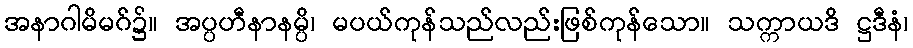
အနာဂါမိမဂ်၌။ အပ္ပဟီနာနမ္ပိ၊ မပယ်ကုန်သည်လည်းဖြစ်ကုန်သော။ သက္ကာယဒိ ဋ္ဌဒီနံ၊